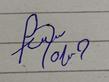
Signature authenticity: forged